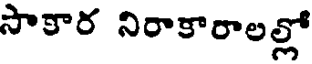
సాకార నిరాకారాలల్లో